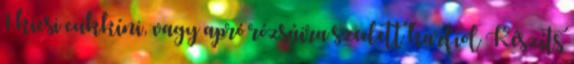
1 kicsi cukkíni, vagy apró rózsáira szedett karfiol Készíts